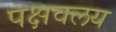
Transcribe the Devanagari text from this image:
पक्षवलय